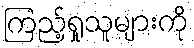
ကြည့်ရှုသူများကို